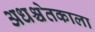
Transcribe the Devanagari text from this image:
अधश्चेतकाला